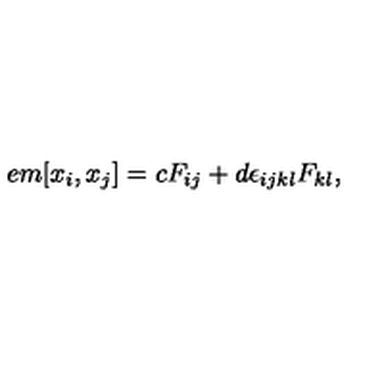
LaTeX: \hspace { + 5 e m } [ x _ { i } , x _ { j } ] = c F _ { i j } + d \epsilon _ { i j k l } F _ { k l } ,